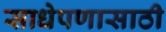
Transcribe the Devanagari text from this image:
साधेपणासाठी